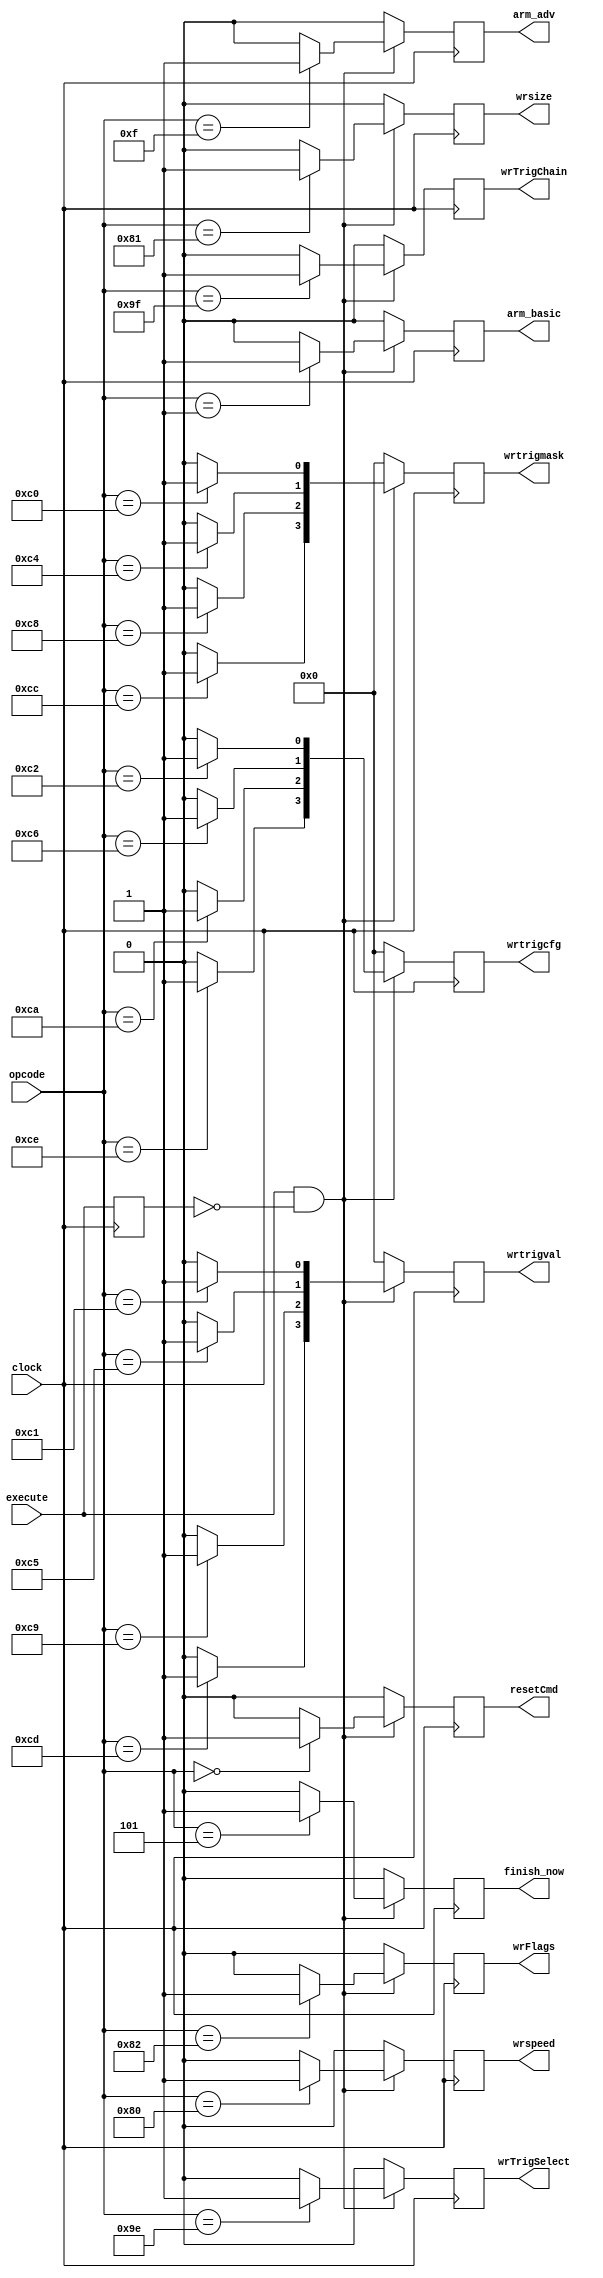
module decoder_11(
  clock, execute, opcode,
  wrtrigmask, wrtrigval, wrtrigcfg,
  wrspeed, wrsize, wrFlags,
  wrTrigSelect, wrTrigChain,
  finish_now,
  arm_basic, arm_adv, resetCmd);
input clock;
input execute;
input [7:0] opcode;
output [3:0] wrtrigmask;
output [3:0] wrtrigval;
output [3:0] wrtrigcfg;
output wrspeed;
output wrsize;
output wrFlags;
output wrTrigSelect;
output wrTrigChain;
output finish_now;
output arm_basic;
output arm_adv;
output resetCmd;
reg resetCmd, next_resetCmd;
reg arm_basic, next_arm_basic;
reg arm_adv, next_arm_adv;
reg [3:0] wrtrigmask, next_wrtrigmask;
reg [3:0] wrtrigval, next_wrtrigval;
reg [3:0] wrtrigcfg, next_wrtrigcfg;
reg wrspeed, next_wrspeed;
reg wrsize, next_wrsize;
reg wrFlags, next_wrFlags;
reg finish_now, next_finish_now;
reg wrTrigSelect, next_wrTrigSelect;
reg wrTrigChain, next_wrTrigChain;
reg dly_execute, next_dly_execute;
always @(posedge clock) 
begin
  resetCmd = next_resetCmd;
  arm_basic = next_arm_basic;
  arm_adv = next_arm_adv;
  wrtrigmask = next_wrtrigmask;
  wrtrigval = next_wrtrigval;
  wrtrigcfg = next_wrtrigcfg;
  wrspeed = next_wrspeed;
  wrsize = next_wrsize;
  wrFlags = next_wrFlags;
  finish_now = next_finish_now;
  wrTrigSelect = next_wrTrigSelect;
  wrTrigChain = next_wrTrigChain;
  dly_execute = next_dly_execute;
end
always @*
begin
  #1;
  next_resetCmd = 1'b0;
  next_arm_basic = 1'b0;
  next_arm_adv = 1'b0;
  next_wrtrigmask = 4'b0000;
  next_wrtrigval = 4'b0000;
  next_wrtrigcfg = 4'b0000;
  next_wrspeed = 1'b0;
  next_wrsize = 1'b0;
  next_wrFlags = 1'b0;
  next_finish_now = 1'b0;
  next_wrTrigSelect = 1'b0;
  next_wrTrigChain = 1'b0;
  next_dly_execute = execute;
  if (execute & !dly_execute)
    case(opcode)
      8'h00 : next_resetCmd = 1'b1;
      8'h01 : next_arm_basic = 1'b1;
      8'h02 :;
      8'h03 :;
      8'h04 :;
      8'h05 : next_finish_now = 1'b1;
      8'h06 :;
      8'h0F : next_arm_adv = 1'b1;
      8'h11 :;
      8'h13 :;
      8'h80 : next_wrspeed = 1'b1;
      8'h81 : next_wrsize = 1'b1;
      8'h82 : next_wrFlags = 1'b1;
      8'h9E : next_wrTrigSelect = 1'b1;
      8'h9F : next_wrTrigChain = 1'b1;
      8'hC0 : next_wrtrigmask[0] = 1'b1;
      8'hC1 : next_wrtrigval[0] = 1'b1;
      8'hC2 : next_wrtrigcfg[0] = 1'b1;
      8'hC4 : next_wrtrigmask[1] = 1'b1;
      8'hC5 : next_wrtrigval[1] = 1'b1;
      8'hC6 : next_wrtrigcfg[1] = 1'b1;
      8'hC8 : next_wrtrigmask[2] = 1'b1;
      8'hC9 : next_wrtrigval[2] = 1'b1;
      8'hCA : next_wrtrigcfg[2] = 1'b1;
      8'hCC : next_wrtrigmask[3] = 1'b1;
      8'hCD : next_wrtrigval[3] = 1'b1;
      8'hCE : next_wrtrigcfg[3] = 1'b1;
    endcase
end
endmodule